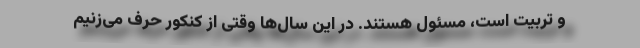
و تربیت است، مسئول هستند. در این سال‌ها وقتی از کنکور حرف می‌زنیم